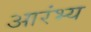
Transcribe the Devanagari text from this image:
आरंभ्य